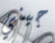
جيني